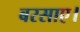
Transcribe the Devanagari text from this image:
बरसाए।